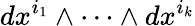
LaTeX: dx^{i_{1}}\wedge\cdots\wedge dx^{i_{k}}